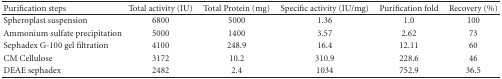
<table><thead><tr><td><b>Purification steps</b></td><td><b>Total activity (IU)</b></td><td><b>Total Protein (mg)</b></td><td><b>Specific activity (IU/mg)</b></td><td><b>Purification fold</b></td><td><b>Recovery (%)</b></td></tr></thead><tbody><tr><td>Spheroplast suspension</td><td>6800</td><td>5000</td><td>1.36</td><td>1.0</td><td>100</td></tr><tr><td>Ammonium sulfate precipitation</td><td>5000</td><td>1400</td><td>3.57</td><td>2.62</td><td>73</td></tr><tr><td>Sephadex G-100 gel filtration</td><td>4100</td><td>248.9</td><td>16.4</td><td>12.11</td><td>60</td></tr><tr><td>CM Cellulose</td><td>3172</td><td>10.2</td><td>310.9</td><td>228.6</td><td>46</td></tr><tr><td>DEAE sephadex</td><td>2482</td><td>2.4</td><td>1034</td><td>752.9</td><td>36.5</td></tr></tbody></table>